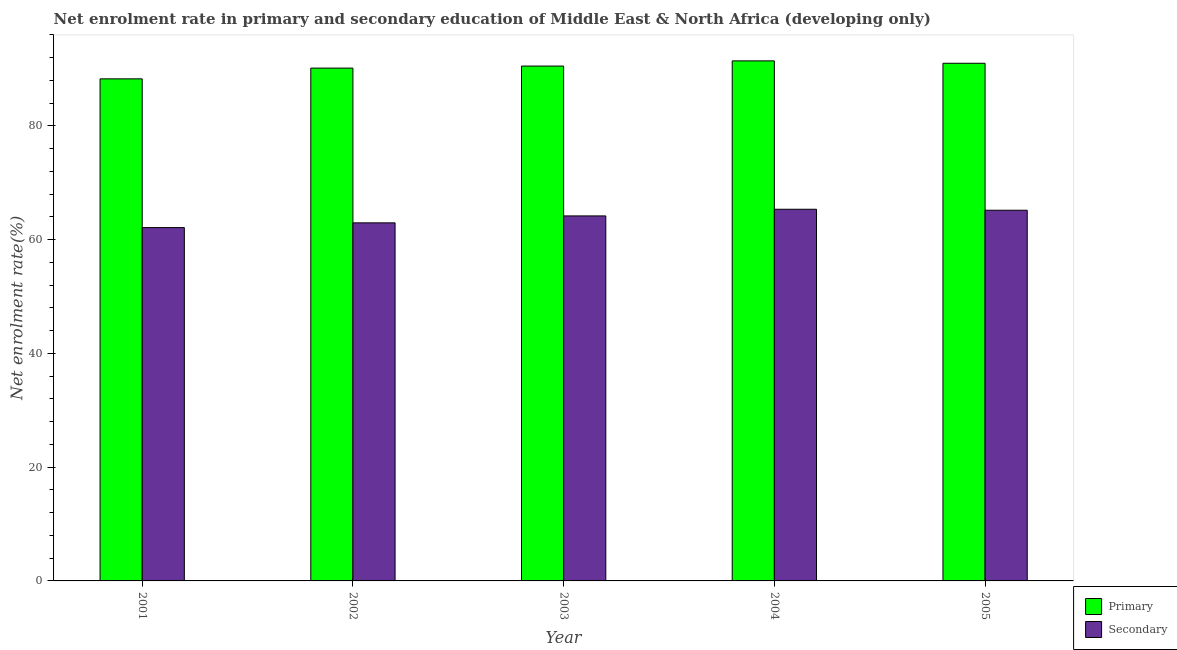
| Year | Primary | Secondary |
 | --- | --- | --- |
 | 2001 | 88.3 | 62.1 |
 | 2002 | 90.2 | 63 |
 | 2003 | 90.5 | 64.2 |
 | 2004 | 91.4 | 65.3 |
 | 2005 | 91 | 65.2 |